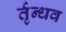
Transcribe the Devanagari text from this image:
र्तृन्धव